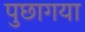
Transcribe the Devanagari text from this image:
पुछागया